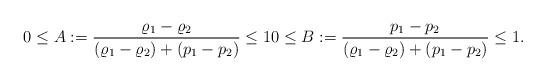
LaTeX: \begin{align*} 0 \leq A := \frac{\varrho_1-\varrho_2}{(\varrho_1 - \varrho_2) + (p_1 - p_2)} \leq 1 0 \leq B := \frac{p_1-p_2}{(\varrho_1 - \varrho_2) + (p_1 - p_2)} \leq 1. \end{align*}